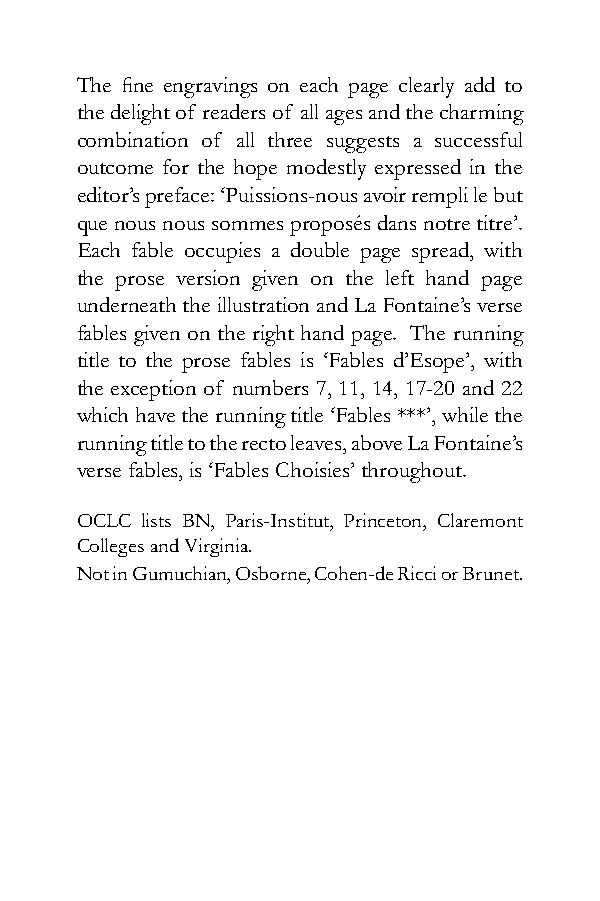
The fine engravings on each page clearly add to
 the delight of readers of all ages and the charming
 combination of all three suggests a successful
 outcome for the hope modestly expressed in the
 editor’s preface: ‘Puissions-nous avoir rempli le but
 que nous nous sommes proposés dans notre titre’.
 Each fable occupies a double page spread, with
 the prose version given on the left hand page
 underneath the illustration and La Fontaine’s verse
 fables given on the right hand page. The running
 title to the prose fables is ‘Fables d’Esope’, with
 the exception of numbers 7, 11, 14, 17-20 and 22
 which have the running title ‘Fables ***’, while the
 running title to the recto leaves, above La Fontaine’s
 verse fables, is ‘Fables Choisies’ throughout.
 OCLC lists BN, Paris-Institut, Princeton, Claremont
 Colleges and Virginia.
 Not in Gumuchian, Osborne, Cohen-de Ricci or Brunet.